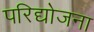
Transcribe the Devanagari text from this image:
परिद्योजना